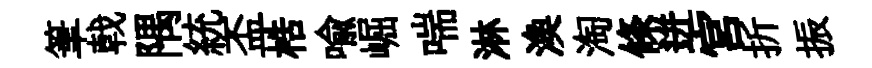
筆戟隅統盃梏喻崛喘淋渙淘條迸宮折振